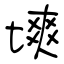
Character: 塽